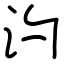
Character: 汋